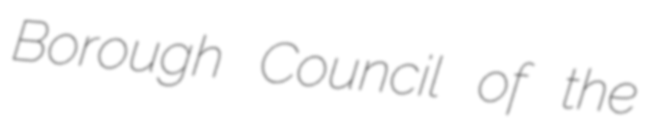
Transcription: Borough Council of the